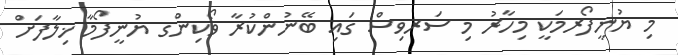
މި ޔުނީފޯރމަކީ މިހާރު މި ސަރވިސް ގައި ބޭނުންކުރާ ވޯކިންގ ޔުނީފޯމާ ޚިލާފަށް